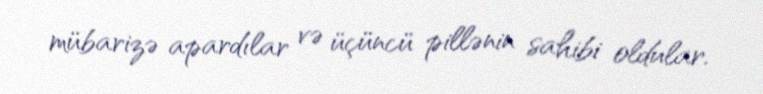
mübarizə apardılar və üçüncü pillənin sahibi oldular.